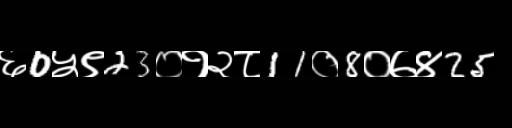
Text: ६0५९23०१२८11०8०७४25